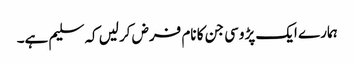
ہمارے ایک پڑوسی جن کا نام فرض کرلیں کہ سلیم ہے۔